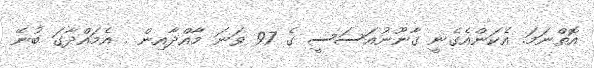
އޮތްނަމަ. އެކަންއެގެނީ ގާނޫނުއަސަސީ ގެ 97 ވަނަ މާއްދާއިން . އެމައްދާގަ ބުނޭ